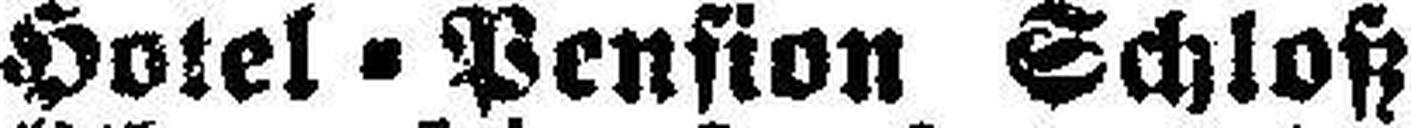
Hotel = Pension Schloß